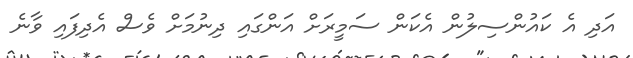
އަދި އެ ކައުންސިލުން އެކަން ސަމީރަށް އަންގައި ދިނުމަށް ވެސް އެދިފައި ވާނެ